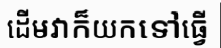
ដើមវាក៏យកទៅធ្វើ